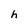
Character: h